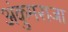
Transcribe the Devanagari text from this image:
अंकुमराजा